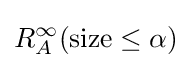
R_{A}^{\infty }({\text{size}}\leq \alpha )